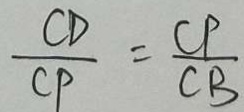
\frac { C D } { C P } = \frac { C P } { C B }